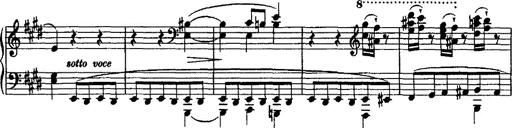
Title: Valse mÃ©lancolique
Composer: Paul Vidal
Key: F-sharp minor